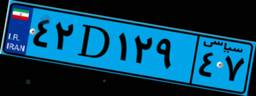
۲۶D۲۱۶۹۵